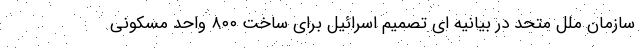
سازمان ملل متحد در بیانیه ای تصمیم اسرائیل برای ساخت ۸۰۰ واحد مسکونی